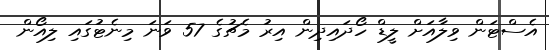
އެސްޓަން ވިލާއަށް ލީޑް ހޯދައިދިން އިރު މެޗުގެ 57 ވަނަ މިނެޓުގައި ލިއޯން